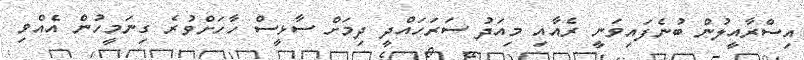
އިސްރާއީލުން ބުނެފައިވަނީ ރެއާއި މިއަދު ސަރަހައްދީ ދިމަށް ސާޅީސް ހާހަށްވުރެ ގިނަމީހުން އެއްވި